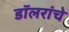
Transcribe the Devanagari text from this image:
डॉलरांचे